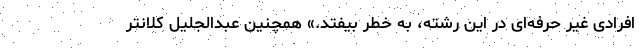
افرادی غیر حرفه‌ای در این رشته، به خطر بیفتد.» همچنین عبدالجلیل کلانتر